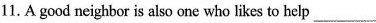
11.Agood neighbor is also one who likes to help ___